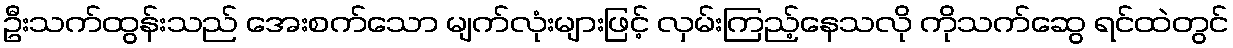
ဦးသက်ထွန်းသည် အေးစက်သော မျက်လုံးများဖြင့် လှမ်းကြည့်နေသလို ကိုသက်ဆွေ ရင်ထဲတွင်